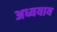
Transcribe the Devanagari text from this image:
अध्ययाय